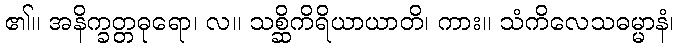
၏။ အနိက္ခတ္တဓုရော၊ လ။ သစ္ဆိကိရိယာယာတိ၊ ကား။ သံကိလေသဓမ္မာနံ၊